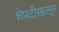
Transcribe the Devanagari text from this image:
शेपटीखालून